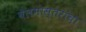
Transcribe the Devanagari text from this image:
बेलमास्तरांचा